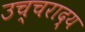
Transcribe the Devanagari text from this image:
उच्चराद्य